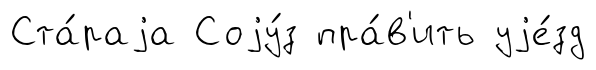
Ста́раjа Соjу́з пра́в'ить уjе́зд